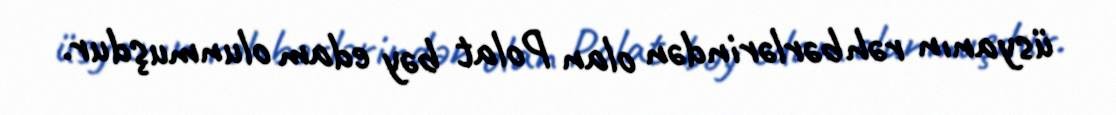
üsyanın rəhbərlərindən olan Polat bəy edam olunmuşdur.